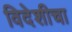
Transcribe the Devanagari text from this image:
विदेशीचा